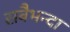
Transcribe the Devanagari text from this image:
सबैभन्दा